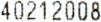
40212008